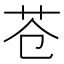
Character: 苍